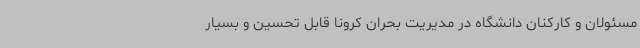
مسئولان و کارکنان دانشگاه در مدیریت بحران کرونا قابل تحسین و بسیار